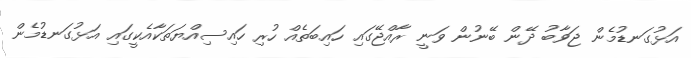
އަޅުގަނޑުމެން ޖަވާބު ދޭން ބޭނުން ވަނީ ރާއްޖޭގައި ހައިބަތެއް ހުރި ހައިސިއްޔަތަކާއެކީގައި އަޅުގަނޑުމެން